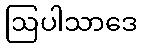
ဩပါသာဒေ